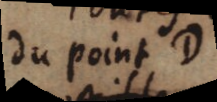
du point D